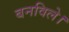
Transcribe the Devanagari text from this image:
बनविले।